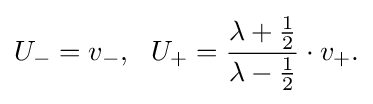
\displaystyle {U_{-}=v_{-},\,\,\,\,U_{+}={\lambda +{1 \over 2} \over \lambda -{1 \over 2}}\cdot v_{+}.}